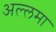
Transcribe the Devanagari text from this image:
अल्‍लमा